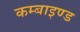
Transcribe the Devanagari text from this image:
कम्बाइण्ड